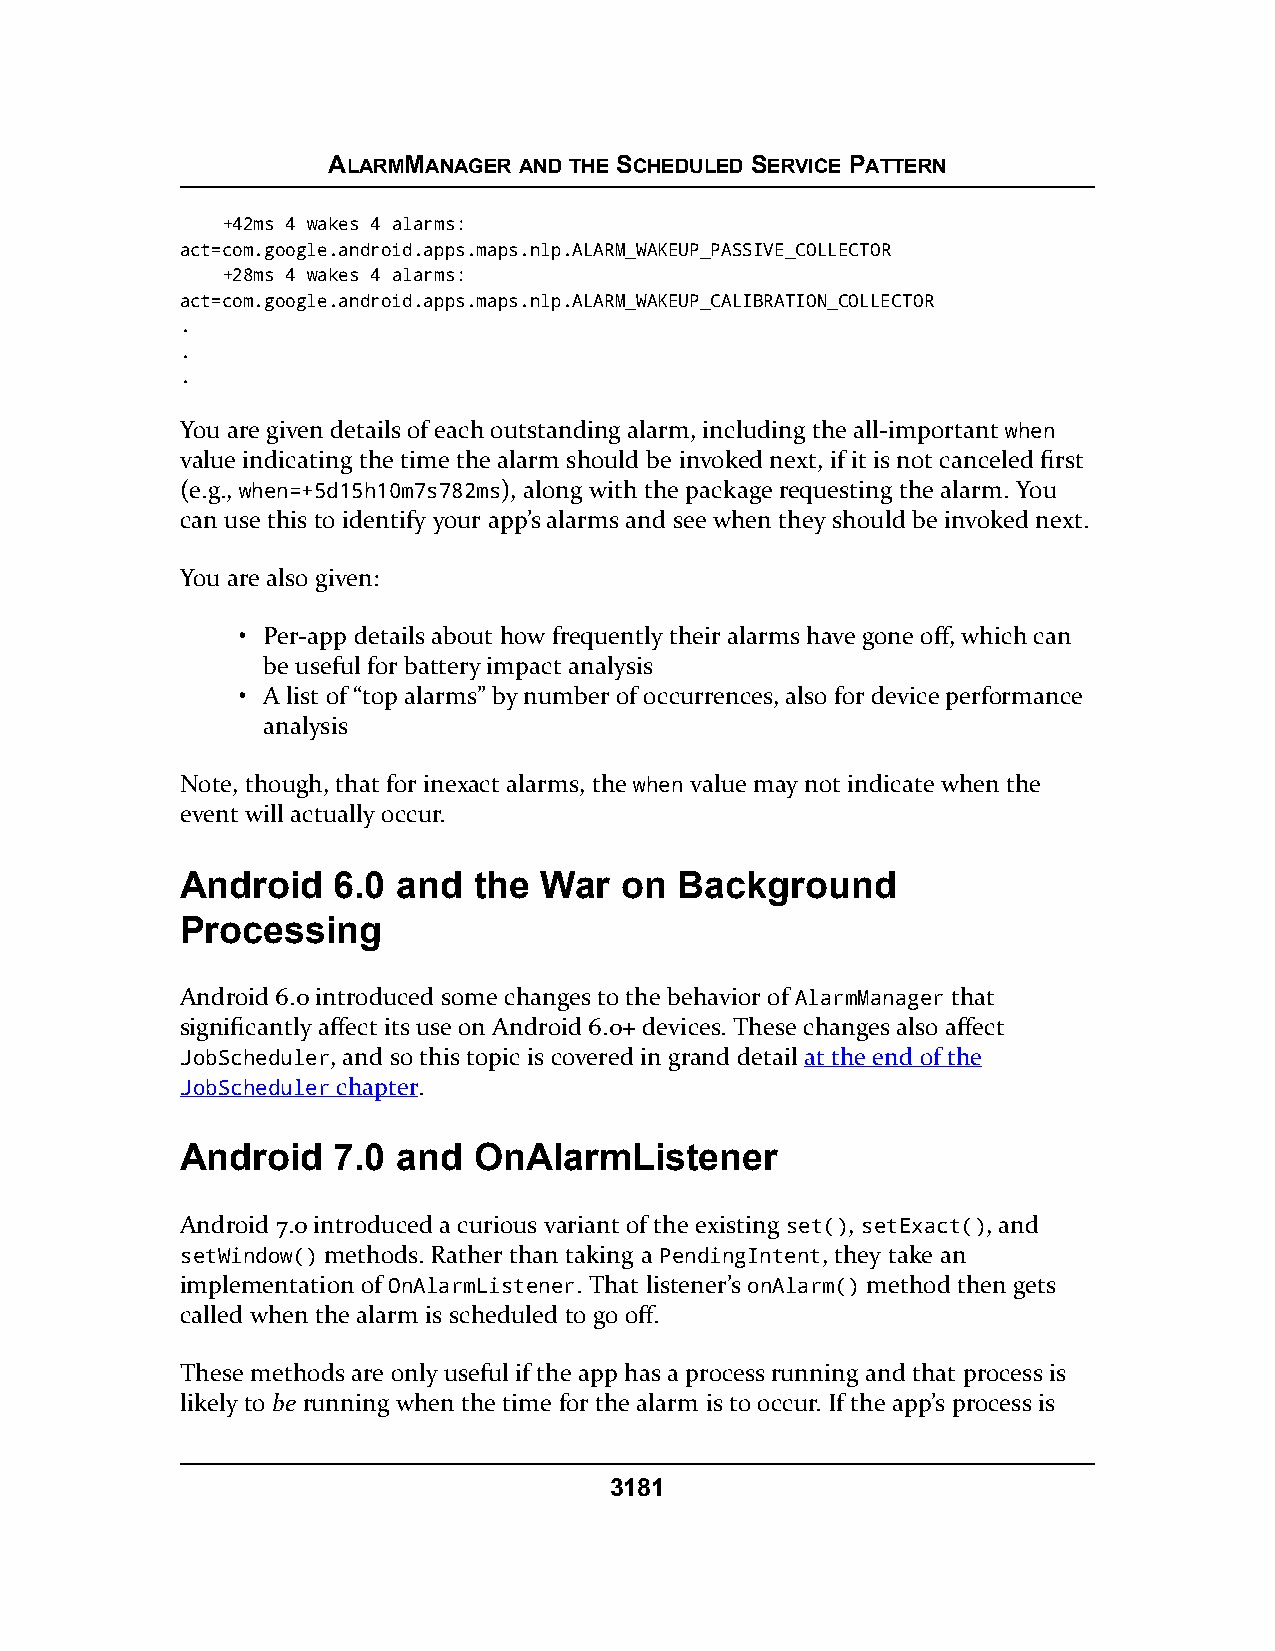
ALARMMANAGER AND THE SCHEDULED SERVICE PATTERN
 +42ms 4 wakes 4 alarms:
 act=com.google.android.apps.maps.nlp.ALARM_WAKEUP_PASSIVE_COLLECTOR
 +28ms 4 wakes 4 alarms:
 act=com.google.android.apps.maps.nlp.ALARM_WAKEUP_CALIBRATION_COLLECTOR
 .
 .
 .
 You are given details of each outstanding alarm, including the all-important when
 value indicating the time the alarm should be invoked next, if it is not canceled first
 (e.g., when=+5d15h10m7s782ms), along with the package requesting the alarm. You
 can use this to identify your app’s alarms and see when they should be invoked next.
 You are also given:
 • Per-app details about how frequently their alarms have gone off, which can
 be useful for battery impact analysis
 • A list of “top alarms” by number of occurrences, also for device performance
 analysis
 Note, though, that for inexact alarms, the when value may not indicate when the
 event will actually occur.
 Android   6.0 and  the  War  on  Background
 Processing
 Android 6.0 introduced some changes to the behavior of AlarmManager that
 significantly affect its use on Android 6.0+ devices. These changes also affect
 JobScheduler, and so this topic is covered in grand detail at the end of the
 JobScheduler chapter.
 Android   7.0 and  OnAlarmListener
 Android 7.0 introduced a curious variant of the existing set(), setExact(), and
 setWindow() methods. Rather than taking a PendingIntent, they take an
 implementation of OnAlarmListener. That listener’s onAlarm() method then gets
 called when the alarm is scheduled to go off.
 These methods are only useful if the app has a process running and that process is
 likely to be running when the time for the alarm is to occur. If the app’s process is
 3181